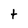
Character: t